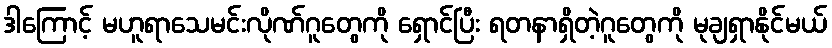
ဒါကြောင့် မဟူရာသေမင်းလိုဏ်ဂူတွေကို ရှောင်ပြီး ရတနာရှိတဲ့ဂူတွေကို မုချရှာနိုင်မယ်